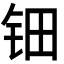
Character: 钿